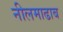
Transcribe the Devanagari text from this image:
नीलमाढाब